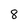
Character: 8